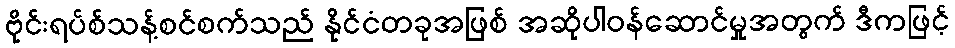
ဗိုင်းရပ်စ်သန့်စင်စက်သည် နိုင်ငံတခုအဖြစ် အဆိုပါဝန်ဆောင်မှုအတွက် ဒီကဖြင့်